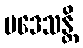
ပဒေသန္တိ